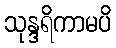
သုန္ဒရိကာမပိ